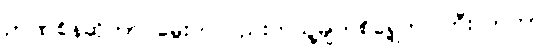
ဉာဏ်စိန်ဆိုတာ မွေးကတည်းကသူ့မျက်စိရှေ့တင်ကြီးလာတာ။